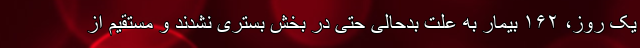
یک روز، ۱۶۲ بیمار به علت بدحالی حتی در بخش بستری نشدند و مستقیم از